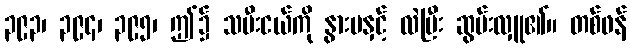
၃၉၃၊ ၃၉၄၊ ၃၉၅၊ ဤ၌ သမီးငယ်ကို နွားမနှင့် လဲပြီး ဆွမ်းလှူ၏။ တစ်ဖန်